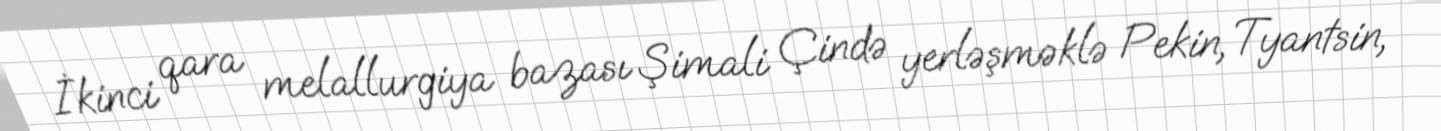
İkinci qara melallurgiya bazası Şimali Çində yerləşməklə Pekin, Tyantsin,